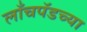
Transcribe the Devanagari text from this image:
लाँचपॅडच्या